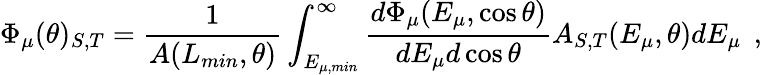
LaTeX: \Phi_{\mu}(\theta)_{S,T}=\frac{1}{A(L_{min},\theta)}\int_{E_{\mu,min}}^{\infty}\frac{d\Phi_{\mu}(E_{\mu},\cos\theta)}{dE_{\mu}d\cos\theta}A_{S,T}(E_{\mu},\theta)dE_{\mu}\, \; ,